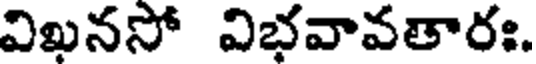
విఖనసో విభవావతారః.